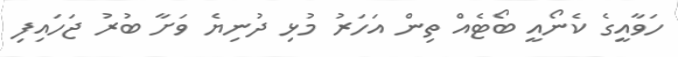
ހަވާއީގެ ކެނޯއީ ބޯޓެއް ތިން އަހަރު މުޅި ދުނިޔެ ވަށާ ބުރު ޖަހައިފި